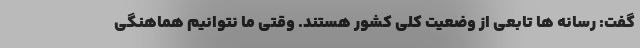
گفت: رسانه ها تابعی از وضعیت کلی کشور هستند. وقتی ما نتوانیم هماهنگی